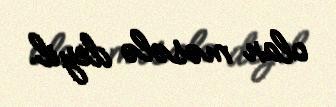
olan məsələ deyil.